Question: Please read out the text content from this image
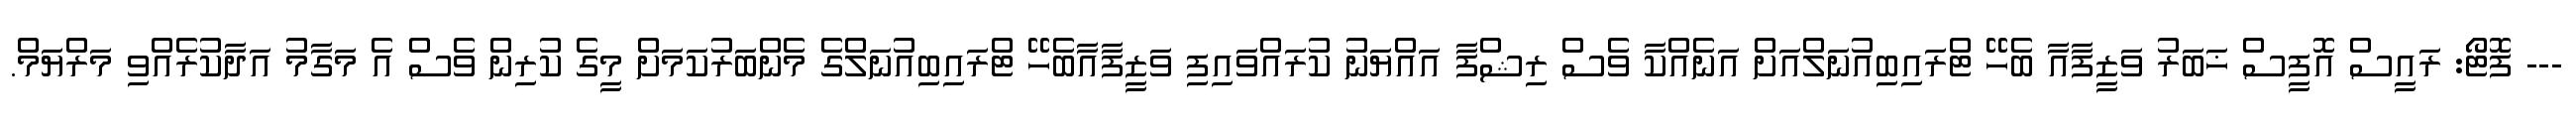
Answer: --- ފޮޓޯ: ރައީސް އޮފީސް ޚަބަރު ވަޒީފާއާ ބެހޭ ޓްރައިބިއުނަލްއަށް އަނެއްކާ ވެސް ރިޝްފާ އައްޔަނު ކުރައްވައިފި ވަޒީފާއާބެހޭ ޓްރައިބިއުނަލްގެ މެންބަރުކަމަށް މީގެ ކުރިން ވެސް އެ މަގާމު އަދާކުރެއްވި މަރްޔަމް.